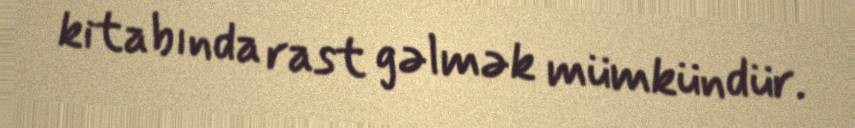
kitabında rast gəlmək mümkündür.